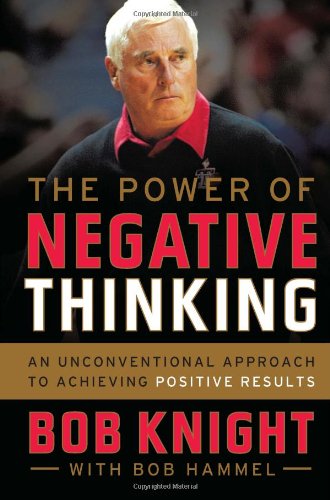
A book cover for The Power of Negative Thinking: An Unconventional Approach to Achieving Positive Results; Bob Knight; Sports & Outdoors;